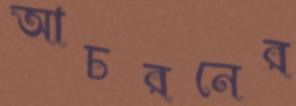
আচরনের